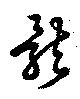
骸